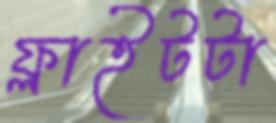
ফ্লাইটটা